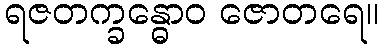
ရဇတက္ခန္ဓောဝ ဇောတရေ။